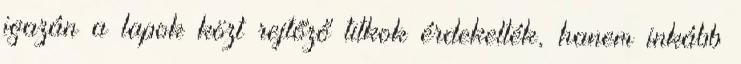
igazán a lapok közt rejtőző titkok érdekelték, hanem inkább